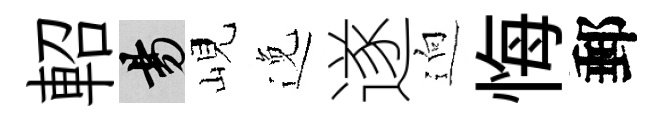
軺昜峴𨓜遂逈悔郵